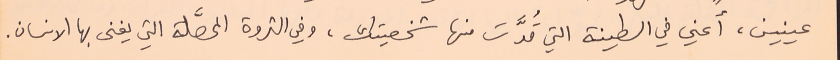
عينين، أعني في الطينة التي قُدَّت منها شخصيتك، وفي الثروة المحصَّلة التي يغنى بها الانسان.